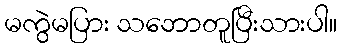
မကွဲမပြား သဘောတူပြီးသားပါ။